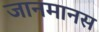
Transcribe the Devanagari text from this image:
जानमानस